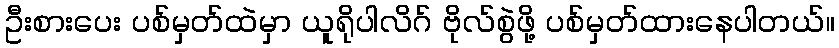
ဦးစားပေး ပစ်မှတ်ထဲမှာ ယူရိုပါလိဂ် ဗိုလ်စွဲဖို့ ပစ်မှတ်ထားနေပါတယ်။